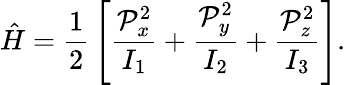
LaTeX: {\hat{H}}={\frac{1}{2}}\left[{\frac{{\mathcal{P}}_{x}^{2}}{I_{1}}}+{\frac{{\mathcal{P}}_{y}^{2}}{I_{2}}}+{\frac{{\mathcal{P}}_{z}^{2}}{I_{3}}}\right].